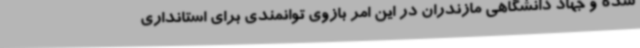
شده و جهاد دانشگاهی مازندران در این امر بازوی توانمندی برای استانداری